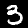
Label: 3